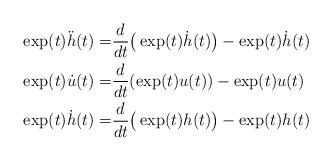
LaTeX: \begin{align*}\exp(t)\ddot h(t) = & \frac{d}{dt}\big(\exp(t)\dot h(t)\big)-\exp(t)\dot h(t)\\\exp(t)\dot u(t) = & \frac{d}{dt}(\exp(t)u(t))-\exp(t)u(t)\\\exp(t)\dot h(t) = & \frac{d}{dt}\big(\exp(t) h(t)\big)-\exp(t) h(t)\end{align*}